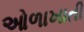
ઓળાખાતી